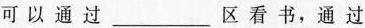
可以通过___区看书，通过